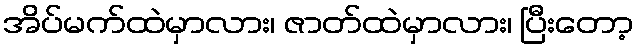
အိပ်မက်ထဲမှာလား၊ ဇာတ်ထဲမှာလား၊ ပြီးတော့